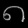
Digit: ၈